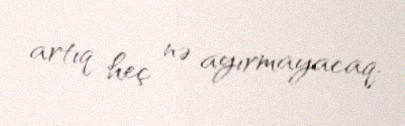
artıq heç nə ayırmayacaq.